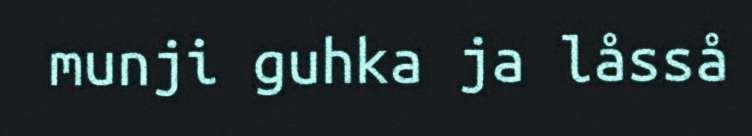
munji guhka ja låsså